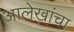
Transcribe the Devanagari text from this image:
आलेखांचा